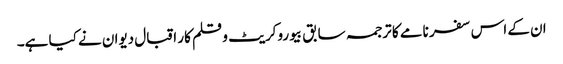
ان کے اس سفر نامے کا ترجمہ سابق بیوروکریٹ و قلم کار اقبال دیوان نے کیا ہے۔